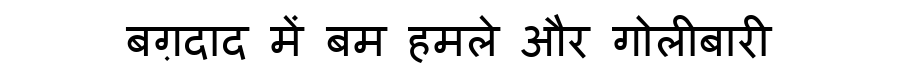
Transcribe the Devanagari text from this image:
बग़दाद में बम हमले और गोलीबारी